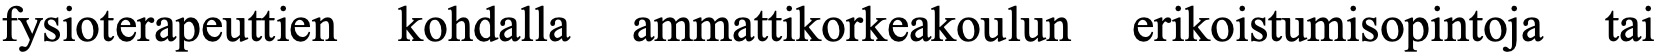
fysioterapeuttien kohdalla ammattikorkeakoulun erikoistumisopintoja tai